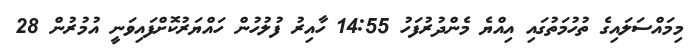
މިމައްސަލައިގެ ތުހުމަތުގައި އިއްޔެ މެންދުރުފަހު 14:55 ހާއިރު ފުލުހުން ހައްޔަރުކޮށްފައިވަނީ އުމުރުން 28